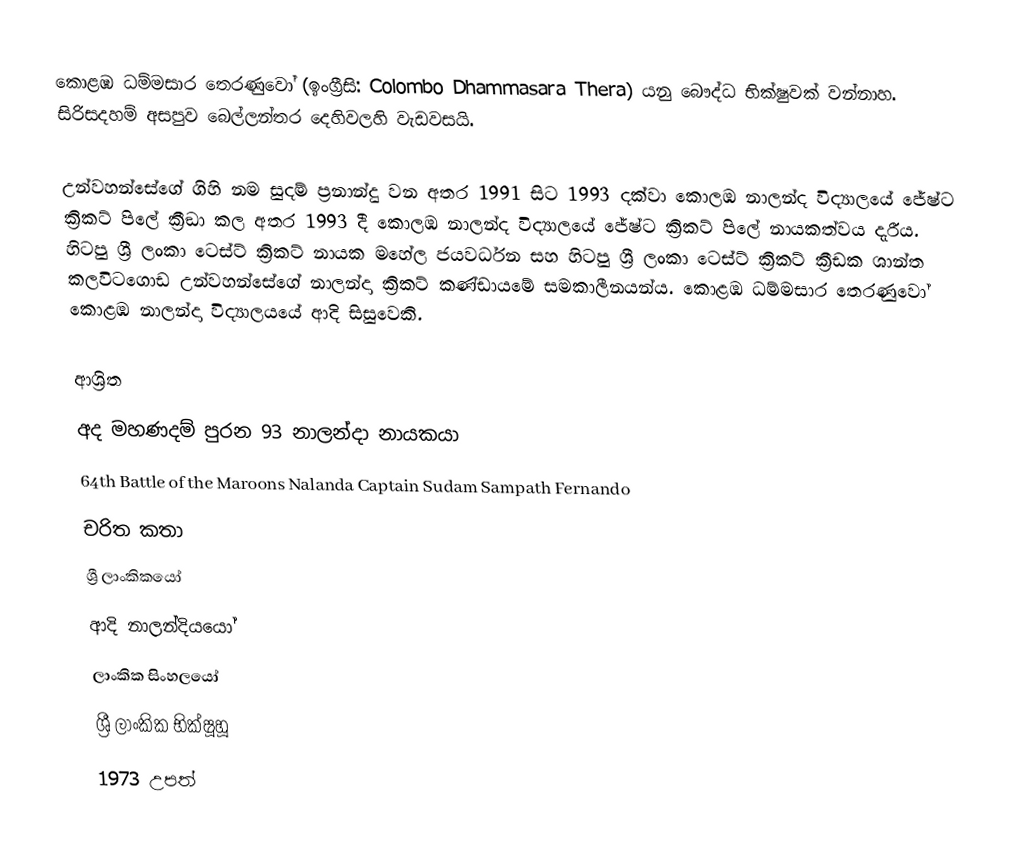
කොළඹ ධම්මසාර තෙරණුවෝ (ඉංග්‍රීසි: Colombo Dhammasara Thera) යනු බෞද්ධ භික්ෂුවක් වන්නාහ. සිරිසදහම් අසපුව බෙල්ලන්තර දෙහිවලහි වැඩවසයි.

උන්වහන්සේගේ ගිහි නම සුදම් ප්‍රනාන්දු  වන අතර 1991 සිට 1993 දක්වා කොලඹ නාලන්ද  විද්‍යාලයේ  ජේෂ්ට ක්‍රිකට් පිලේ ක්‍රීඞා කල අතර 1993 දී කොලඹ නාලන්ද  විද්‍යාලයේ  ජේෂ්ට ක්‍රිකට් පිලේ නායකත්වය දැරීය. හිටපු ශ්‍රී ලංකා ටෙස්ට් ක්‍රිකට් නායක මහේල ජයවර්ධන සහ හිටපු ශ්‍රී ලංකා ටෙස්ට් ක්‍රිකට් ක්‍රීඩක ශාන්ත කලවිටගොඩ උන්වහන්සේගේ නාලන්දා ක්‍රිකට් කණ්ඩායමේ සමකාලීනයන්ය. කොළඹ ධම්මසාර තෙරණුවෝ කොළඹ නාලන්දා විද්‍යාලයයේ ආදි සිසුවෙකි.

ආශ්‍රිත
 අද මහණදම් පුරන 93 නාලන්දා නායකයා
 64th Battle of the Maroons Nalanda Captain Sudam Sampath Fernando
චරිත කතා
ශ්‍රී ලාංකිකයෝ
ආදි නාලන්දියයෝ
ලාංකික සිංහලයෝ
ශ්‍රී ලාංකික භික්ෂූහූ
1973 උපත්